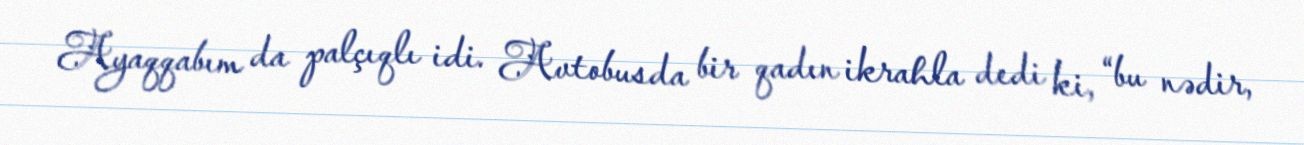
Ayaqqabım da palçıqlı idi. Avtobusda bir qadın ikrahla dedi ki, “bu nədir,